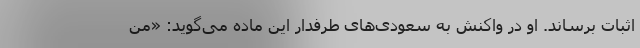
اثبات برساند. او در واکنش به سعودی‌های طرفدار این ماده می‌گوید: «من